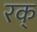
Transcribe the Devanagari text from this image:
रक्